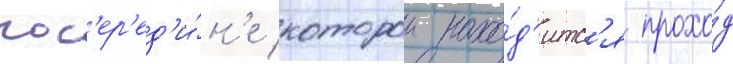
пос'ер'ед'и́н'е которои нахо́д'итс'я прохо́д